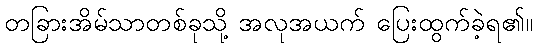
တခြားအိမ်သာတစ်ခုသို့ အလုအယက် ပြေးထွက်ခဲ့ရ၏။